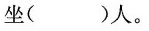
坐()人。